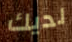
لديك